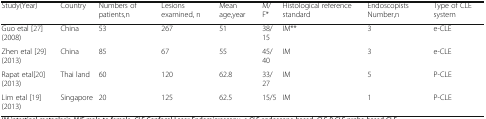
<table><thead><tr><td><b>Study(Year)</b></td><td><b>Country</b></td><td><b>Numbers of patients,n</b></td><td><b>Lesions examined, n</b></td><td><b>Mean age,year</b></td><td><b>M/F*</b></td><td><b>Histological reference standard</b></td><td><b>Endoscopists Number,n</b></td><td><b>Type of CLE system</b></td></tr></thead><tbody><tr><td>Guo etal [27] (2008)</td><td>China</td><td>53</td><td>267</td><td>51</td><td>38/15</td><td>IM**</td><td>3</td><td>e-CLE</td></tr><tr><td>Zhen etal [29] (2013)</td><td>China</td><td>85</td><td>67</td><td>55</td><td>45/40</td><td>IM</td><td>3</td><td>e-CLE</td></tr><tr><td>Rapat etal[20] (2013)</td><td>Thai land</td><td>60</td><td>120</td><td>62.8</td><td>33/27</td><td>IM</td><td>5</td><td>P-CLE</td></tr><tr><td>Lim etal [19] (2013)</td><td>Singapore</td><td>20</td><td>125</td><td>62.5</td><td>15/5</td><td>IM</td><td>1</td><td>P-CLE</td></tr></tbody></table>